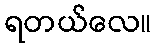
ရတယ်လေ။